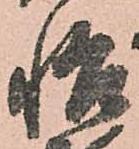
悟